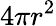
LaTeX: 4\pi r^{2}